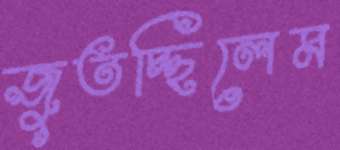
জুতচ্ছিলেম